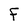
Character: F